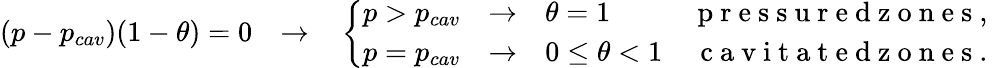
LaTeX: \begin{array}{r}{(p-p_{cav})(1-{\theta})=0\quad{\rightarrow}\quad\left\{ \begin{array}{lr}{p>p_{cav}\quad{\rightarrow}\quad{\theta}=1}&{\mathrm{~p~r~e~s~s~u~r~e~d~z~o~n~e~s~,~}}\\ {p=p_{cav}\quad{\rightarrow}\quad 0\; {\leq}\; {\theta}<1}&{\mathrm{~c~a~v~i~t~a~t~e~d~z~o~n~e~s~.~}}\end{array}\right.}\end{array}